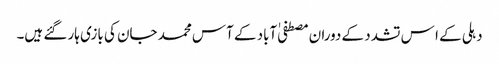
دہلی کے ا س تشدد کے دوران مصطفی ٰآباد کے آس محمد جان کی بازی ہار گئے ہیں۔